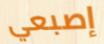
إصبعي